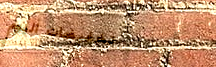
تخفيضات اليوم